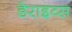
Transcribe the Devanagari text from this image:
डेराइव्स